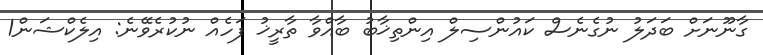
ގާނޫނަށް ބަދަލު ނުގެނެސް ކައުންސިލް އިންތިޚާބު ބާއްވާ ތާރީޚު ފަހެއް ނުކުރެވޭނެ: އިލެކްޝަން1